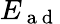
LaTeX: E_{\mathrm{~a~d~}}